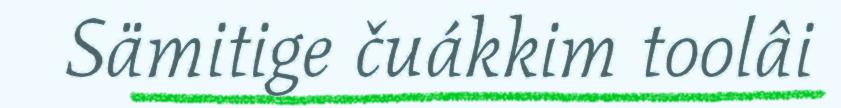
Sämitige čuákkim toolâi